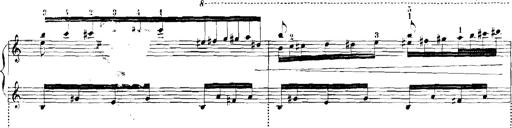
Title: Rhapsodies hongroises
Composer: Franz Liszt